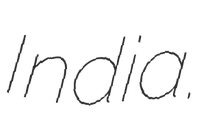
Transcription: India.